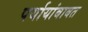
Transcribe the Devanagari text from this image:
पर्यायांबाबत